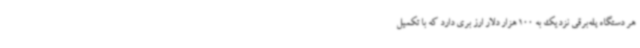
هر دستگاه پله‌برقی نزدیک به 100 هزار دلار ارز بری دارد که با تکمیل